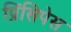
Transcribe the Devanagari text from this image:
प्रिंसिपेस